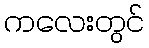
ကလေးတွင်